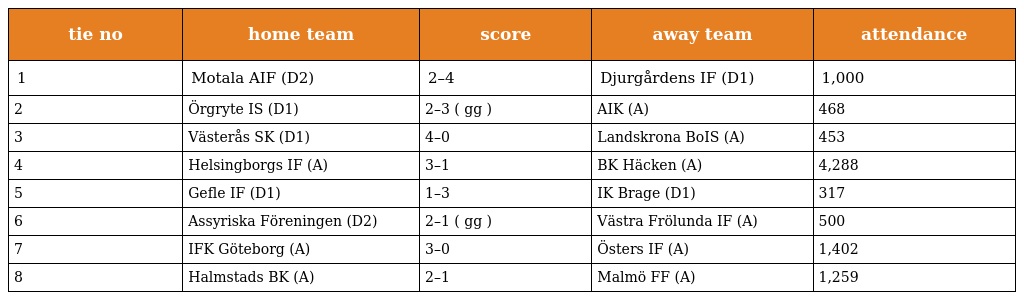
| tie no | home team | score | away team | attendance |
 | --- | --- | --- | --- | --- |
 | 1 | Motala AIF (D2) | 2–4 | Djurgårdens IF (D1) | 1,000 |
 | 2 | Örgryte IS (D1) | 2–3 ( gg ) | AIK (A) | 468 |
 | 3 | Västerås SK (D1) | 4–0 | Landskrona BoIS (A) | 453 |
 | 4 | Helsingborgs IF (A) | 3–1 | BK Häcken (A) | 4,288 |
 | 5 | Gefle IF (D1) | 1–3 | IK Brage (D1) | 317 |
 | 6 | Assyriska Föreningen (D2) | 2–1 ( gg ) | Västra Frölunda IF (A) | 500 |
 | 7 | IFK Göteborg (A) | 3–0 | Östers IF (A) | 1,402 |
 | 8 | Halmstads BK (A) | 2–1 | Malmö FF (A) | 1,259 |